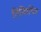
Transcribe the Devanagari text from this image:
तिमिरचित्र